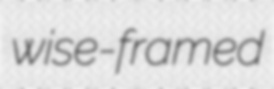
wise-framed